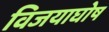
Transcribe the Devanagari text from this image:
विजयाघोष